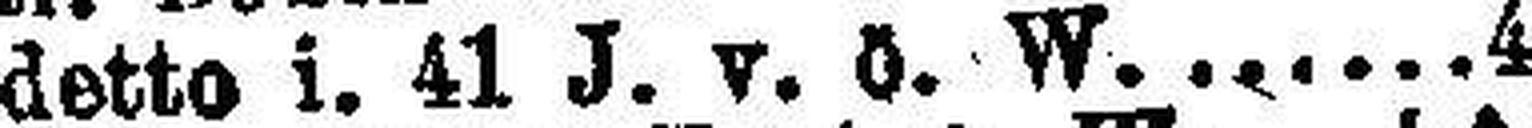
detto i. 41 J. v. ö. W. 4